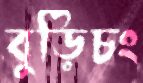
বুড়িচং